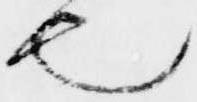
也